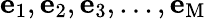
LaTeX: \textbf{e}_{1},\textbf{e}_{2},\textbf{e}_{3},...,\textbf{e}_{\mathrm{M}}